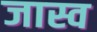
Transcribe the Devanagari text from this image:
जास्व